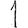
Digit: 1